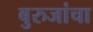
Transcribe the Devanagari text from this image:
बुरुजांचा